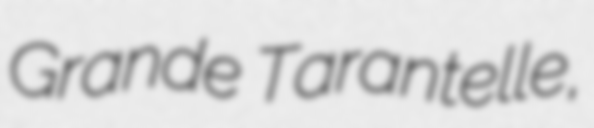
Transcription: Grande Tarantelle,